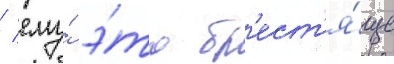
/ ему́ э́то бл'ест'я́ще